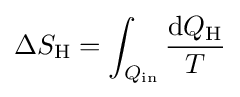
\Delta S_{\text{H}}=\int _{Q_{\text{in}}}{\frac {{\text{d}}Q_{\text{H}}}{T}}